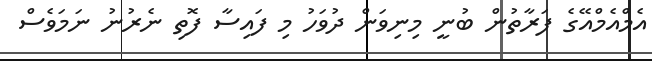
އެމްއެމްއޭގެ ފަރާތުން ބުނީ މިނިވަން ދުވަހު މި ފައިސާ ފޮތި ނެރުނު ނަމަވެސް